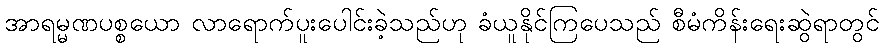
အာရမ္မဏပစ္စယော လာရောက်ပူးပေါင်းခဲ့သည်ဟု ခံယူနိုင်ကြပေသည် စီမံကိန်းရေးဆွဲရာတွင်